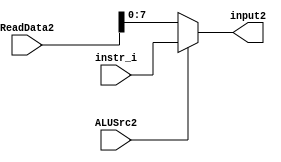
`timescale 1ns / 1ps

module mux2( 
    input [8:0] ReadData2,
    input [7:0] instr_i,
    input ALUSrc2,
    output [7:0] input2
    );
    
    assign input2 = ALUSrc2 ? instr_i : ReadData2;
endmodule